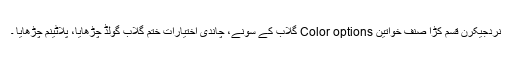
نردجیکرن قسم کڑا صنف خواتین Color options گلاب کے سونے، چاندی اختیارات ختم گلاب گولڈ چڑھایا، پلاٹینم چڑھایا ۔